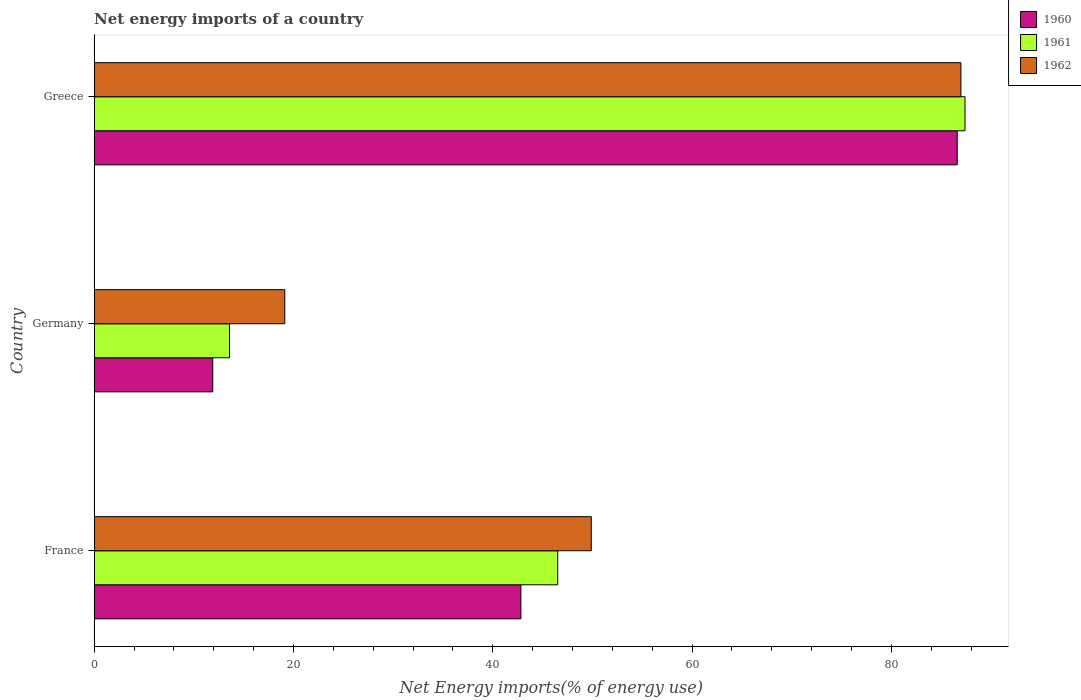
| Country | 1960 | 1961 | 1962 |
 | --- | --- | --- | --- |
 | France | 42.8 | 46.5 | 49.9 |
 | Germany | 11.9 | 13.6 | 19.1 |
 | Greece | 86.6 | 87.4 | 87 |